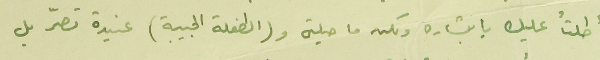
أطلتٌ عليك يا بشاره ولكن ما حيلتى و(الطفلة الحبيبة) عنيدة تصرّ بل